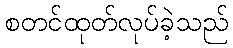
စတင်ထုတ်လုပ်ခဲ့သည်